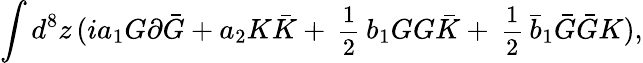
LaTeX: \int d^{8}z\, (ia_{1}G\partial\bar{G}+a_{2}K\bar{K}+{\mathrm{\small{~\frac 12~}}}b_{1}GG\bar{K}+{\mathrm{\small{~\frac 12~}}}\bar{b}_{1}\bar{G}\bar{G}K),